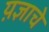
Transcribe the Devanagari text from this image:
य़ज्ञाचे